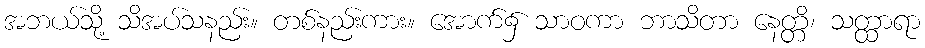
အဘယ်သို့ သိအပ်သနည်း။ တစ်နည်းကား။ အောက်၌ သာဝကာ ဘာသိတာ နေတ္တိ၊ သတ္ထာရာ